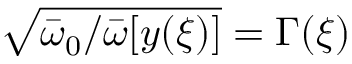
\sqrt { { \bar { \omega } } _ { 0 } / { \bar { \omega } } [ y ( \xi ) ] } = \Gamma ( \xi )